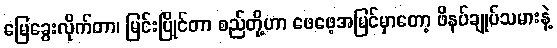
မြေခွေးလိုက်တာ၊ မြင်းပြိုင်တာ စည်တို့ဟာ ဖေဖေ့အမြင်မှာတော့ ဖိနပ်ချုပ်သမားနဲ့